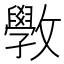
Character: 斆